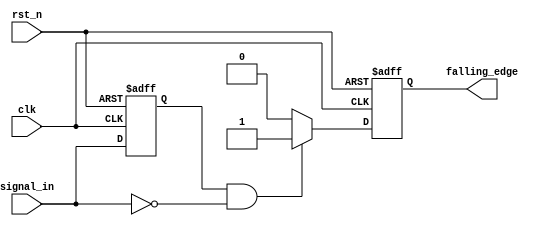
module falling_edge_detector (
    input wire clk,            // Clock input
    input wire rst_n,         // Asynchronous active-low reset
    input wire signal_in,      // Input signal to monitor for falling edges
    output reg falling_edge    // Output signal indicating a falling edge
);

    reg signal_in_prev;        // Memory block to store the previous state of the input signal

    // Asynchronous reset and state sampling on the rising edge of the clock
    always @(posedge clk or negedge rst_n) begin
        if (!rst_n) begin
            signal_in_prev <= 1'b0; // Initialize previous state to 0 on reset
            falling_edge <= 1'b0;    // Initialize output to 0 on reset
        end else begin
            // Detect falling edge
            if (signal_in_prev == 1'b1 && signal_in == 1'b0) begin
                falling_edge <= 1'b1;  // Set output high for one clock cycle
            end else begin
                falling_edge <= 1'b0;   // Reset output if no falling edge detected
            end
            
            // Update the previous state
            signal_in_prev <= signal_in; // Store current state for next comparison
        end
    end

endmodule